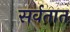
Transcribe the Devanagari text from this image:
सर्वतात